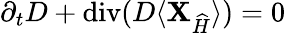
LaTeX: \partial_{t}D+\operatorname{div}(D\langle{\mathbf X}_{\widehat{H}}\rangle)=0